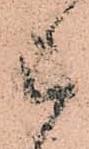
被